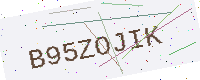
Text: B95ZOJIK